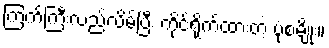
ကြက်ကြီးလည်လိမ်ပြီး ကိုင်ရိုက်ထားတဲ့ ပုံစံမျိုး။